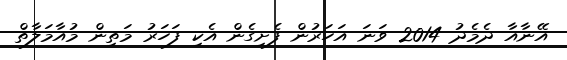
އޭނާއާ ދެމެދު 2014 ވަނަ އަހަރުން ފެށިގެން އެކި ފަހަރު މަތިން މުއާމަލާތް